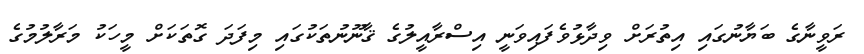
ރަވީނާގެ ބަޔާނުގައި އިތުރަށް ވިދާޅުވެފައިވަނީ އިސްރާއީލުގެ ޤާނޫނުތަކުގައި މިފަަދަ ގޮތަކަށް މީހަކު މަރާލުމުގެ